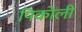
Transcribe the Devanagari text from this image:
पिकोली